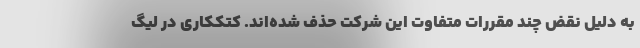
به دلیل نقض چند مقررات متفاوت این شرکت حذف شده‌اند. کتککاری در لیگ